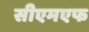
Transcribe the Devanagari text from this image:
सीएमएफ